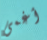
أغمى